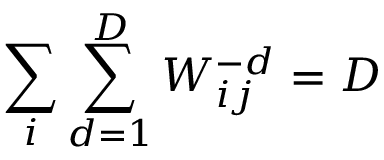
\sum _ { i } \sum _ { d = 1 } ^ { D } W _ { i j } ^ { - d } = D